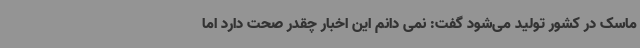
ماسک در کشور تولید می‌شود گفت: نمی دانم این اخبار چقدر صحت دارد اما